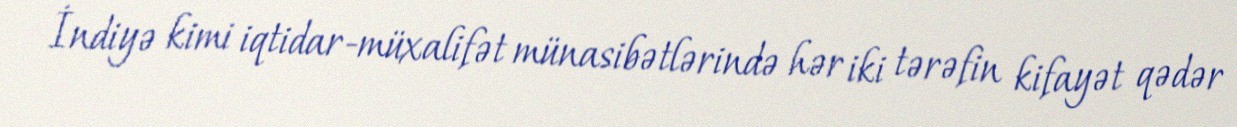
İndiyə kimi iqtidar-müxalifət münasibətlərində hər iki tərəfin kifayət qədər